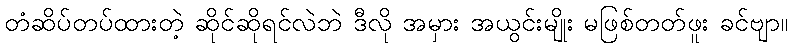
တံဆိပ်တပ်ထားတဲ့ ဆိုင်ဆိုရင်လဲဘဲ ဒီလို အမှား အယွင်းမျိုး မဖြစ်တတ်ဖူး ခင်ဗျာ။